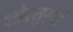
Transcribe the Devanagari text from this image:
शोरतुग़ई